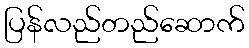
ပြန်လည်တည်ဆောက်